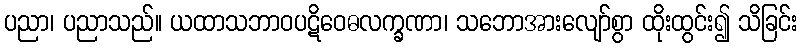
ပညာ၊ ပညာသည်။ ယထာသဘာဝပဋိဝေဓလက္ခဏာ၊ သဘောအားလျော်စွာ ထိုးထွင်း၍ သိခြင်း